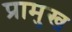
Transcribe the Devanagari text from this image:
प्रामुख